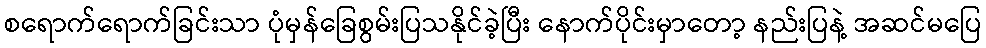
စရောက်ရောက်ခြင်းသာ ပုံမှန်ခြေစွမ်းပြသနိုင်ခဲ့ပြီး နောက်ပိုင်းမှာတော့ နည်းပြနဲ့ အဆင်မပြေ